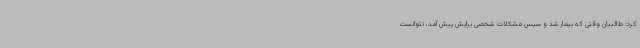
کرد: طالبیان وقتی که بیمار شد و سپس مشکلات شخصی برایش پیش آمد، نتوانست